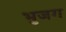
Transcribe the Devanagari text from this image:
भुजग